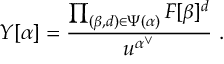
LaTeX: Y [ \alpha ] = \frac { \prod _ { ( \beta , d ) \in \Psi ( \alpha ) } F [ \beta ] ^ { d } } { u ^ { \alpha ^ { \vee } } } \ .